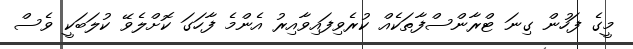
މީގެ ފަހުން ގިނަ ޓްރާންސްފާތަކެއް ކުރެވިފައިވާއިރު އެންމެ ފާހަގަ ކޮށްލެވޭ ކުލަބަކީ ވެސް